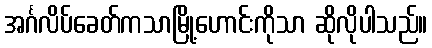
အင်္ဂလိပ်ခေတ်ကသာမြို့ဟောင်းကိုသာ ဆိုလိုပါသည်။